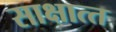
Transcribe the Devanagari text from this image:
साक्षात्‍त